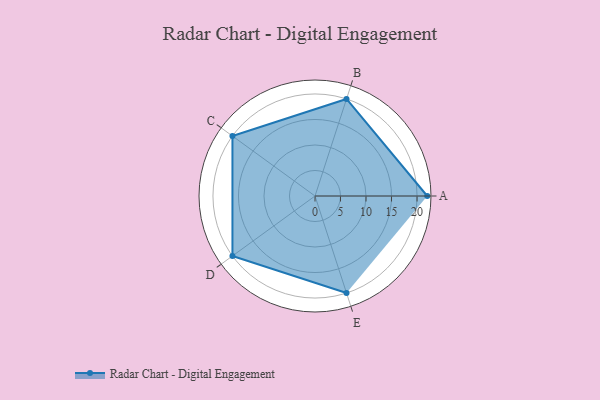
{"axis": {"x": "Skill", "y": "Score"}, "legend": ["Profile"], "data": [{"x": "A", "y": 22.0, "type": "Profile"}, {"x": "B", "y": 20.0, "type": "Profile"}, {"x": "C", "y": 20, "type": "Profile"}, {"x": "D", "y": 20, "type": "Profile"}, {"x": "E", "y": 20, "type": "Profile"}]}